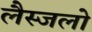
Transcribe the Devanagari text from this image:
लैस्जलो